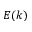
E ( k )